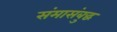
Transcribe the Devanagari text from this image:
संमासंबुद्ध